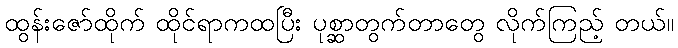
ထွန်းဇော်ထိုက် ထိုင်ရာကထပြီး ပုစ္ဆာတွက်တာတွေ လိုက်ကြည့် တယ်။